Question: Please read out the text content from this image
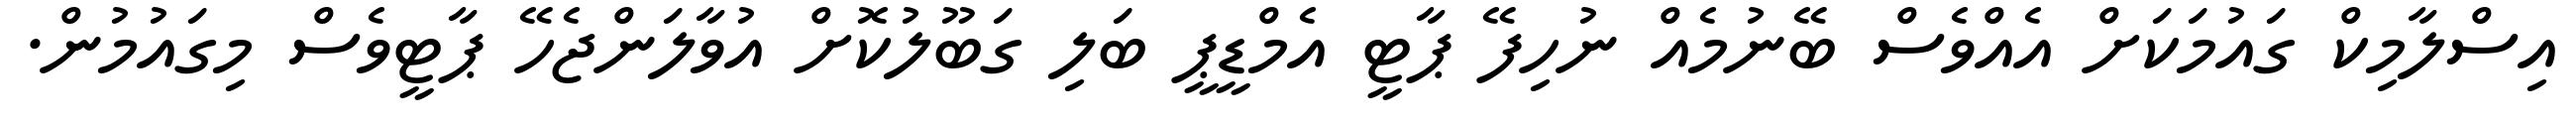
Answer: އިސްލާމިކް ގައުމަކަށް އެއްވެސް ބޭނުމެއް ނުހިފޭ ޕާޓީ އެމްޑީޕީ ބަލި ގަބޫލުކޮށް އުވާލަންޖެހޭ ޕާޓީވެސް މިގައުމުން.